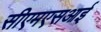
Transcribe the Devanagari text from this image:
सीएमएसआई